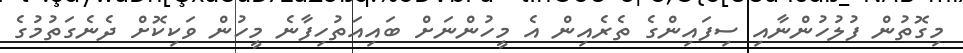
މިގޮތުން ފުލުހުންނާއި ސިފައިންގެ ތެރެއިން އެ މީހުންނަށް ބައިއަތުހިފާނެ މީހުން ވަކިކޮށް ދެނެގަތުމުގެ